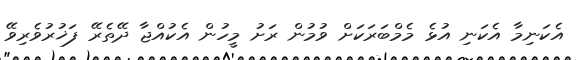
އެކަނިމާ އެކަނި އުޅެ މެމްބަރަކަށް ވުމުން ރަށު މީހުން އެކުއްޖާ ދޭތެރޭ ފަޚުރުވެރިވޭ